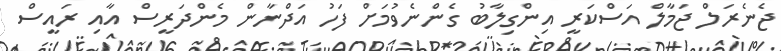
ޖެނެރަލް ޖަމާލް އަސްކަރީ އިންގިލާބު ގެންނެވުމަށް ފަހު އަދްނާން މެންދަރީސް އާއި ރައީސް